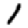
Digit: 1